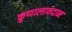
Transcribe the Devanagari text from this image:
कुणालावदान